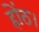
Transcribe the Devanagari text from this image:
होंठ।